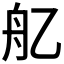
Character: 𦨇